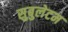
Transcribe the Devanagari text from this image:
सुबुलेटम